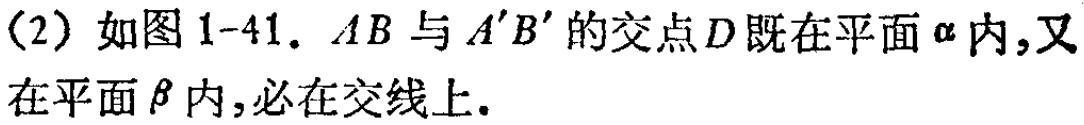
（2）如图1-41. \(AB\)与\(A'B'\)的交点\(D\)既在平面\(\alpha\)内,又在平面\(\beta\)内,必在交线上.